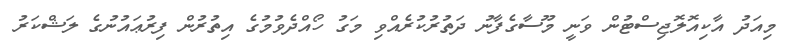
މިއަދު އާކިއޮލޮޖިސްޓުން ވަނީ މޫސާގެފާނު ދަތުރުކުރެއްވި މަގު ހޯއްދެވުމުގެ އިތުރުން ފިރުޢައުނުގެ ލަޝްކަރު